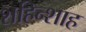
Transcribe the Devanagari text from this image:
शहिन्शाह